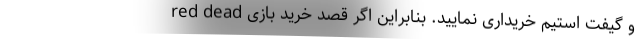
و گیفت استیم خریداری نمایید. بنابراین اگر قصد خرید بازی red dead